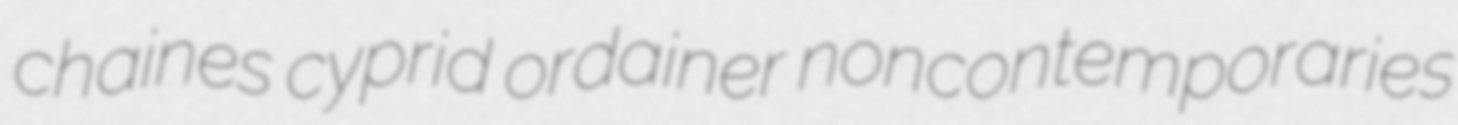
chaines cyprid ordainer noncontemporaries